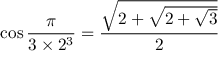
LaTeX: \cos { \frac { \pi } { 3 \times 2 ^ { 3 } } } = { \frac { \sqrt { 2 + { \sqrt { 2 + { \sqrt { 3 } } } } } } { 2 } }